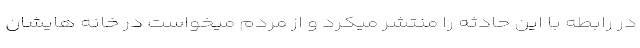
در رابطه با این حادثه را منتشر میکرد و از مردم میخواست در خانه هایشان